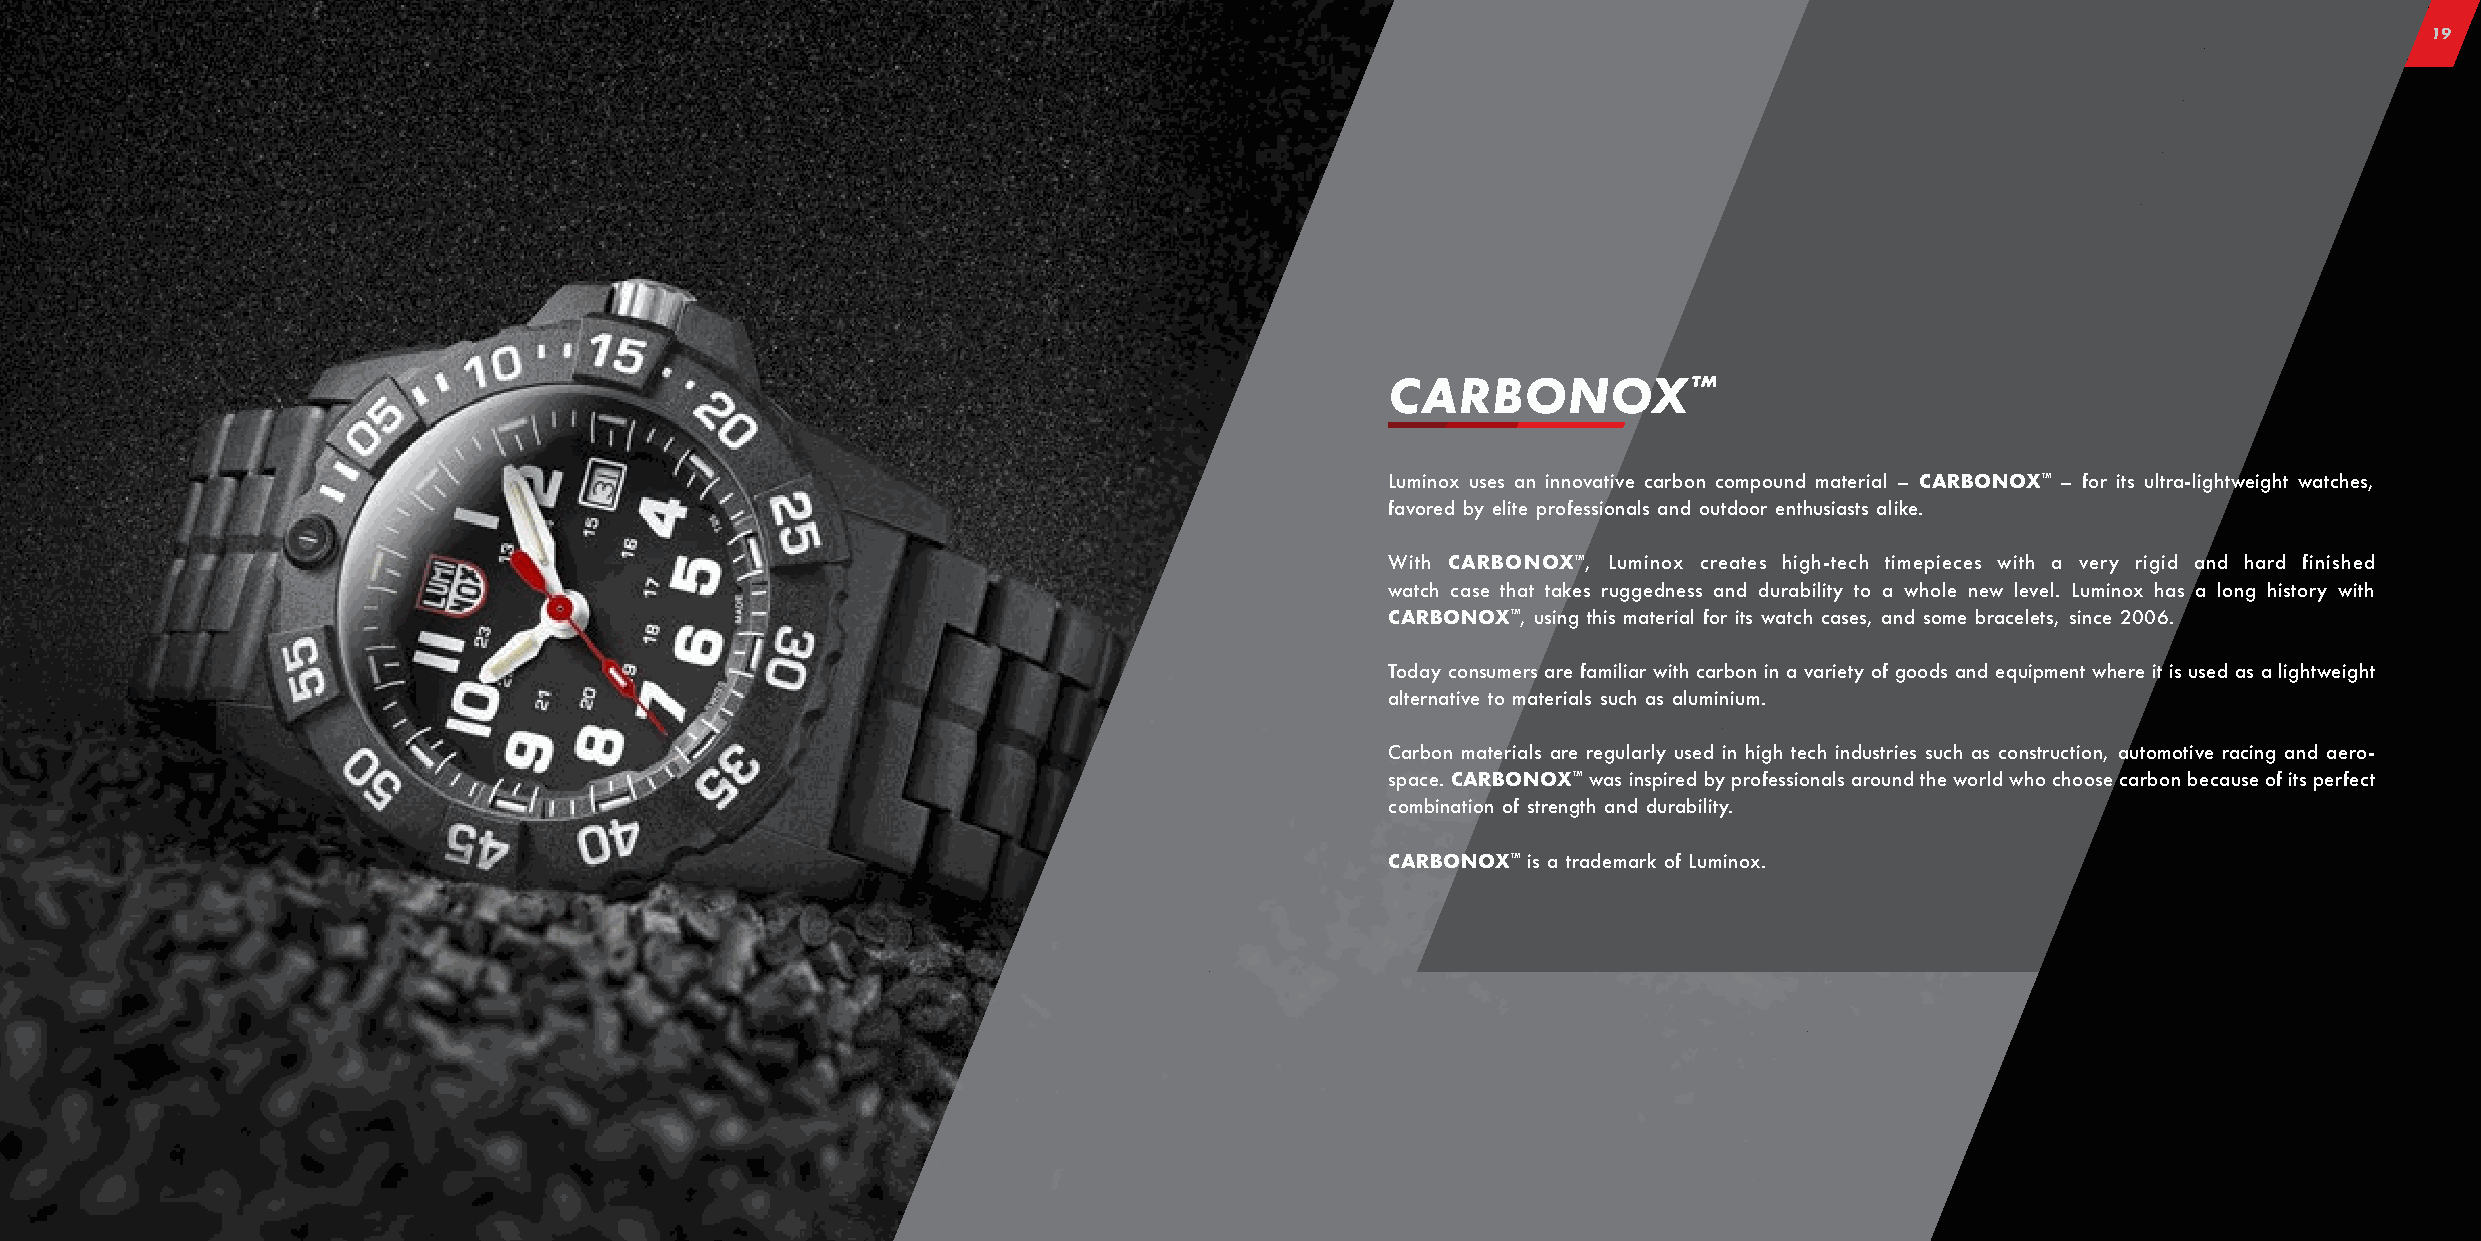
19
 CARBONOX™
 Luminox uses an innovative carbon compound material – CARBONOX™ – for its ultra-lightweight watches,
 favored by elite professionals and outdoor enthusiasts alike.
 With CARBONOX™, Luminox creates high-tech timepieces with a very rigid and hard finished
 watch case that takes ruggedness and durability to a whole new level. Luminox has a long history with
 CARBONOX™, using this material for its watch cases, and some bracelets, since 2006.
 Today consumers are familiar with carbon in a variety of goods and equipment where it is used as a lightweight
 alternative to materials such as aluminium.
 Carbon materials are regularly used in high tech industries such as construction, automotive racing and aero-
 space. CARBONOX™ was inspired by professionals around the world who choose carbon because of its perfect
 combination of strength and durability.
 CARBONOX™ is a trademark of Luminox.